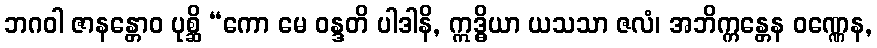
ဘဂဝါ ဇာနန္တောဝ ပုစ္ဆိ “ကော မေ ဝန္ဒတိ ပါဒါနိ, ဣဒ္ဓိယာ ယသသာ ဇလံ၊ အဘိက္ကန္တေန ဝဏ္ဏေန,